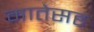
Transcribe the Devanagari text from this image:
मातेसह